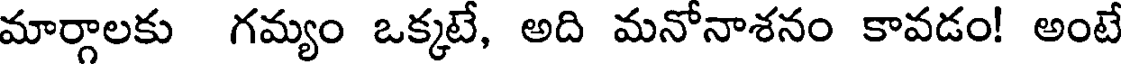
మార్గాలకు గమ్యం ఒక్కటే, అది మనోనాశనం కావడం! అంటే